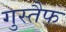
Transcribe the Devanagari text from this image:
गुस्तैफ